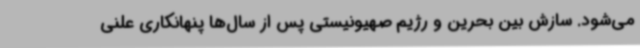
می‌شود. سازش بین بحرین و رژیم صهیونیستی پس از سال‌ها پنهانکاری علنی